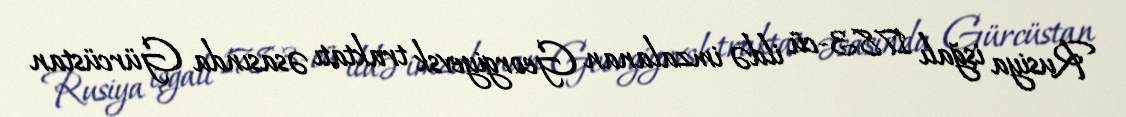
Rusiya işğalı 1783-cü ildə imzalanan Georgiyevsk traktatı əsasında Gürcüstan